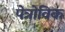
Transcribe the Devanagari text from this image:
पेत्रोविक